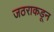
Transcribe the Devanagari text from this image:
जठराकडून